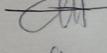
Signature authenticity: genuine